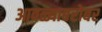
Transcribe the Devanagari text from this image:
आवळ्याबरोबर